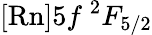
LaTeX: [\mathrm{Rn}]5f~{^2F_{5/2}}